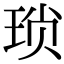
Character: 琐